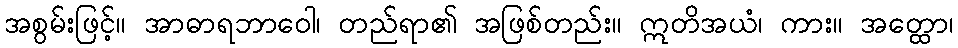
အစွမ်းဖြင့်။ အာဓာရဘာဝေါ၊ တည်ရာ၏ အဖြစ်တည်း။ ဣတိအယံ၊ ကား။ အတ္ထော၊